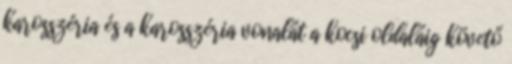
karosszéria és a karosszéria vonalát a kocsi oldaláig követő